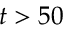
t > 5 0